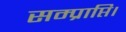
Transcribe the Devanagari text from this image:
सम्प्राप्ति।